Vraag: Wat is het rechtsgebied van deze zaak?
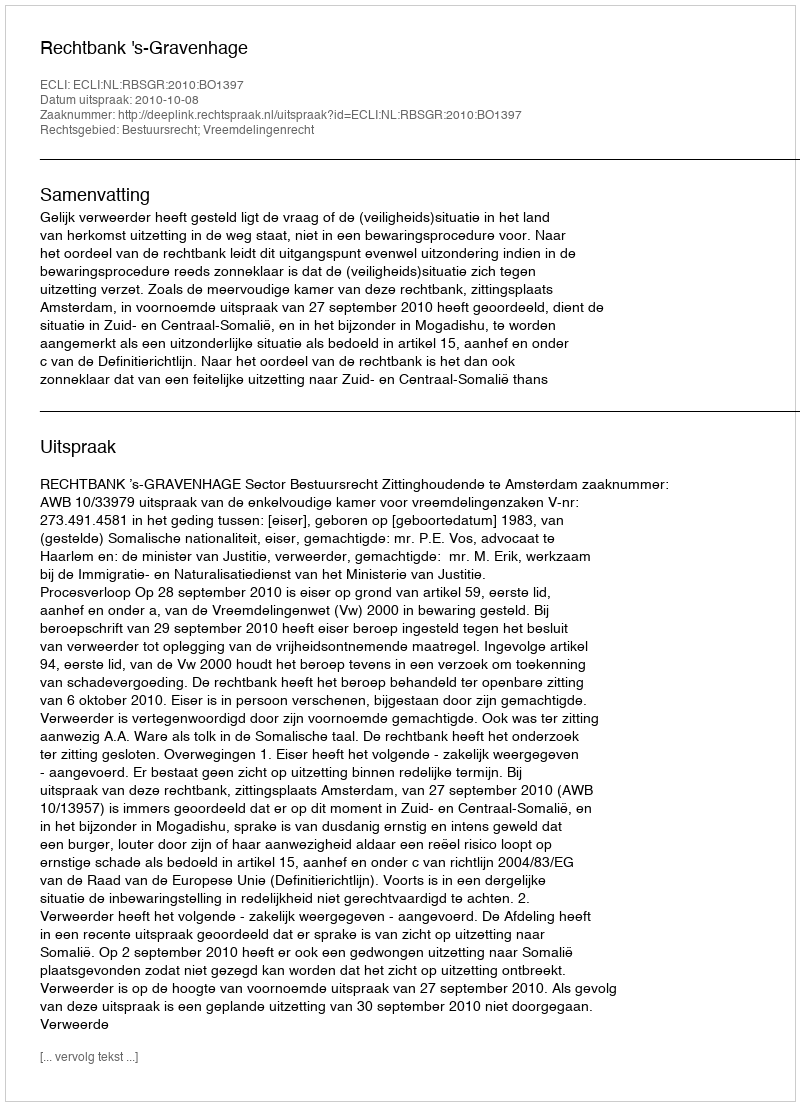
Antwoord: Bestuursrecht; Vreemdelingenrecht